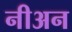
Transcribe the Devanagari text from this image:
नीअन